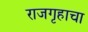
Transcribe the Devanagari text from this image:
राजगृहाचा